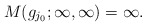
\begin{align*} M( g_{j_0}; \infty, \infty ) = \infty.\end{align*}